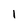
Character: 1